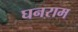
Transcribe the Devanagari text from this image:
घनराम